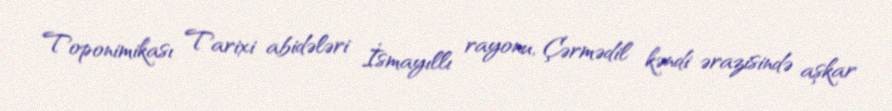
Toponimikası Tarixi abidələri İsmayıllı rayonu, Çərmədil kəndi ərazisində aşkar